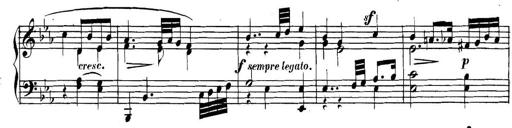
Title: Collected Piano Sonatas
Composer: Muzio Clementi